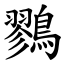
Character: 鷚